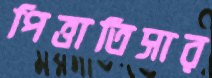
পিত্তাতিসার